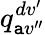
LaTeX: q_{\mathtt{a}v^{\prime\prime}}^{dv^{\prime}}